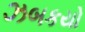
ઝબકયો